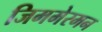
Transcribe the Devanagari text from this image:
जिममेरमन